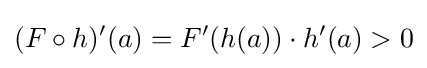
(F\circ h)'(a)=F'(h(a))\cdot h'(a)>0